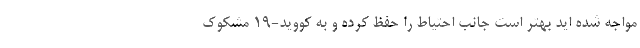
مواجه شده اید بهتر است جانب احتیاط را حفظ کرده و به کووید-19 مشکوک